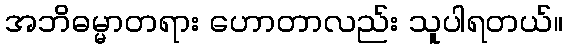
အဘိဓမ္မာတရား ဟောတာလည်း သူပါရတယ်။